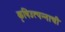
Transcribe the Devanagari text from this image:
कृषिउत्पन्नाची